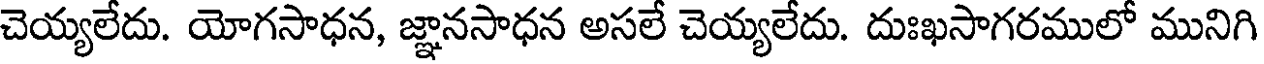
చెయ్యలేదు. యోగసాధన, జ్ఞానసాధన అసలే చెయ్యలేదు. దుఃఖసాగరములో మునిగి